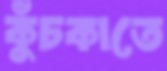
কুঁচকাতে